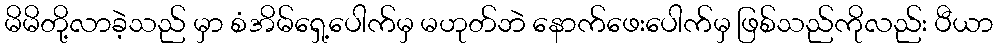
မိမိတို့လာခဲ့သည် မှာ စံအိမ်ရှေ့ပေါက်မှ မဟုတ်ဘဲ နောက်ဖေးပေါက်မှ ဖြစ်သည်ကိုလည်း ပီယာ